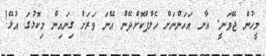
މީހުން ޖޭވަނީ. އާނ އަހަންނަށް ހެލްޕްކޮށްދޭން އޭނަ ވަރަށް ގިނައިން މިކޮޅުގަ އުޅޭ!